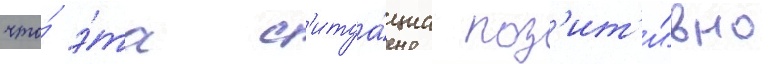
что́ э́та с'итуа́циа поз'ит'и́вно